画像に写った文字を読んでください
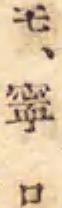
「モ、寧ロ」と書いてあります